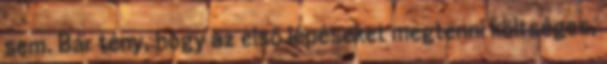
sem. Bár tény, hogy az első lépéseket megtenni költséges,